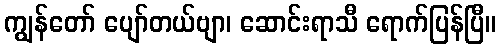
ကျွန်တော် ပျော်တယ်ဗျာ၊ ဆောင်းရာသီ ရောက်ပြန်ပြီ။